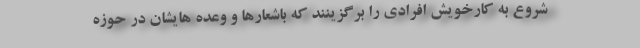
شروع به کارخویش افرادی را برگزینند که باشعارها و وعده هایشان در حوزه